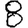
Digit: 8